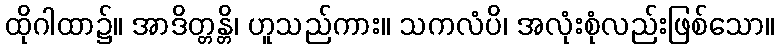
ထိုဂါထာ၌။ အာဒိတ္တန္တိ၊ ဟူသည်ကား။ သကလံပိ၊ အလုံးစုံလည်းဖြစ်သော။